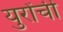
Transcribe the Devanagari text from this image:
युरोंची